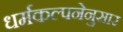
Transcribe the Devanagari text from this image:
धर्मकल्पनेनुसार